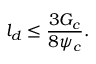
l _ { d } \le \frac { 3 G _ { c } } { 8 \psi _ { c } } .